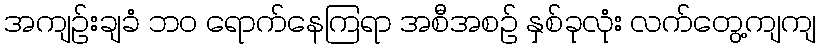
အကျဉ်းချခံ ဘဝ ရောက်နေကြရာ အစီအစဉ် နှစ်ခုလုံး လက်တွေ့ကျကျ